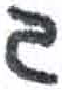
אות: ג